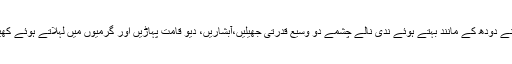
کچورا ویلی کو قدرت نے دودھ کے مانند بہتے ہوئے ندی نالے چشمے دو وسیع قدرتی جھیلیں،آبشاریں، دیو قامت پہاڑیں اور گرمیوں میں لہلاتے ہوئے کھیتیں عطا کی ہوئی ہیں۔